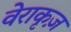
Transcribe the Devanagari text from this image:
वेराकृज़